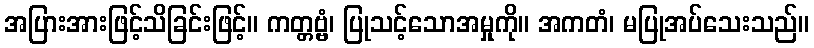
အပြားအားဖြင့်သိခြင်းဖြင့်။ ကတ္တဗ္ဗံ၊ ပြုသင့်သောအမှုကို။ အကတံ၊ မပြုအပ်သေးသည်။